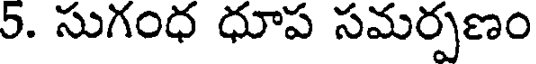
5. సుగంధ ధూప సమర్పణం